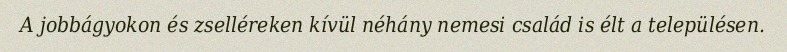
A jobbágyokon és zselléreken kívül néhány nemesi család is élt a településen.